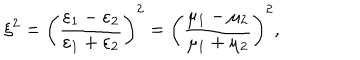
LaTeX: \xi ^ { 2 } = \left( \frac { \varepsilon _ { 1 } - \varepsilon _ { 2 } } { \varepsilon _ { 1 } + \varepsilon _ { 2 } } \right) ^ { 2 } = \left( \frac { \mu _ { 1 } - \mu _ { 2 } } { \mu _ { 1 } + \mu _ { 2 } } \right) ^ { 2 } ,